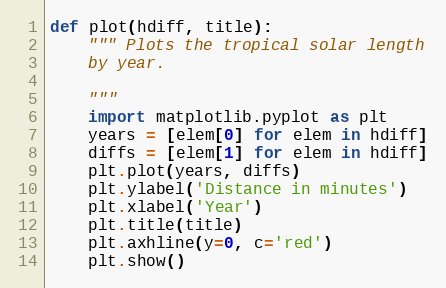
Language: Python
def plot(hdiff, title):
    """ Plots the tropical solar length
    by year.

    """
    import matplotlib.pyplot as plt
    years = [elem[0] for elem in hdiff]
    diffs = [elem[1] for elem in hdiff]
    plt.plot(years, diffs)
    plt.ylabel('Distance in minutes')
    plt.xlabel('Year')
    plt.title(title)
    plt.axhline(y=0, c='red')
    plt.show()